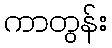
ကာတွန်း